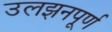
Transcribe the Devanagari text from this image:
उलझनपूर्ण